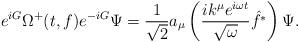
LaTeX: \begin{align*}e^{iG}\Omega^+(t,f)e^{-iG}\Psi=\frac{1}{\sqrt{2}}a_\mu\left(\frac{ik^\mu e^{i\omega t}}{\sqrt{\omega}}\hat{f^*}\right)\Psi.\end{align*}